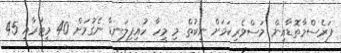
ފަރެސްމާތޮޑާއިން މަސްވެރިކަމަށް ނިކުތް މި މީހާ ހުއިފިލަނޑާ ނެގުމަށް 40 މީޓަރާއި 45